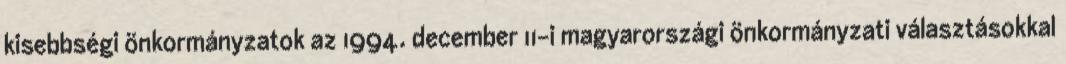
kisebbségi önkormányzatok az 1994. december 11-i magyarországi önkormányzati választásokkal